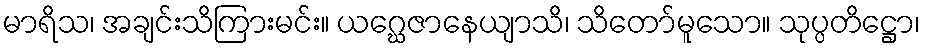
မာရိသ၊ အချင်းသိကြားမင်း။ ယဂ္ဃေဇာနေယျာသိ၊ သိတော်မူသော။ သုပ္ပတိဋ္ဌော၊